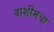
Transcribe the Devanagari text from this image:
वाशीमचा